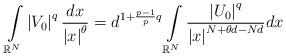
LaTeX: \begin{align*}\int\limits_{\mathbb{R}^{N}}\left\vert V_{0}\right\vert ^{q}\frac{dx}{\left\vert x\right\vert^{\theta}}=d^{1+\frac{p-1}{p}q}\int\limits_{\mathbb{R}^{N}}\frac{\left\vert U_{0}\right\vert ^{q}}{\left\vert x\right\vert^{N+\theta d-Nd}}dx\end{align*}